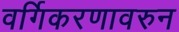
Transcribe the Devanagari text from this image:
वर्गिकरणावरुन